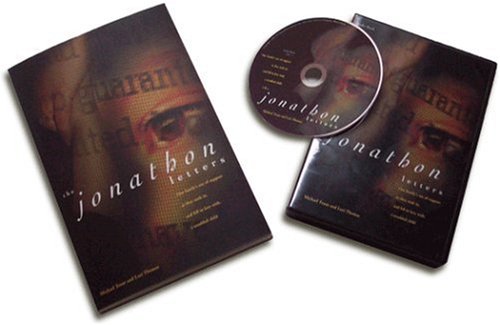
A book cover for The Jonathon Letters: One Family's Use of Support as They Took in, and Fell in Love with, a Troubled Child; Michael Trout; Health, Fitness & Dieting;